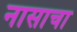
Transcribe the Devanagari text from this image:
नासाचा